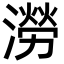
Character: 澇